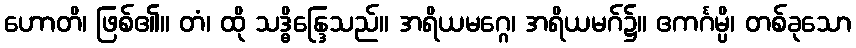
ဟောတိ၊ ဖြစ်၏။ တံ၊ ထို သဒ္ဓိန္ဒြေသည်။ အရိယမဂ္ဂေ၊ အရိယမဂ်၌။ ဧကင်္ဂမ္ပိ၊ တစ်ခုသော